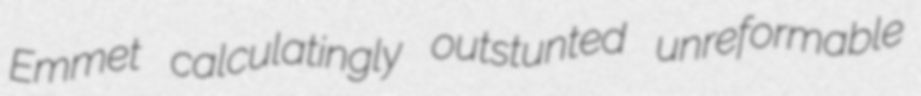
Emmet calculatingly outstunted unreformable